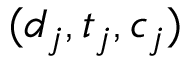
( d _ { j } , t _ { j } , c _ { j } )